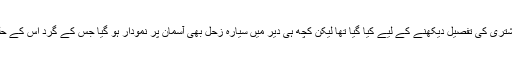
اگرچہ یہ اہتمام خاص طور پر سیارہ مشتری کی تفصیل دیکھنے کے لیے کیا گیا تھا لیکن کچھ ہی دیر میں سیارہ زحل بھی آسمان پر نمودار ہو گیا جس کے گرد اس کے حلقے کو دیکھنا ایک الگ ہی تجربہ ہے۔